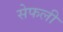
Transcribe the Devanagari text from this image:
सेफली